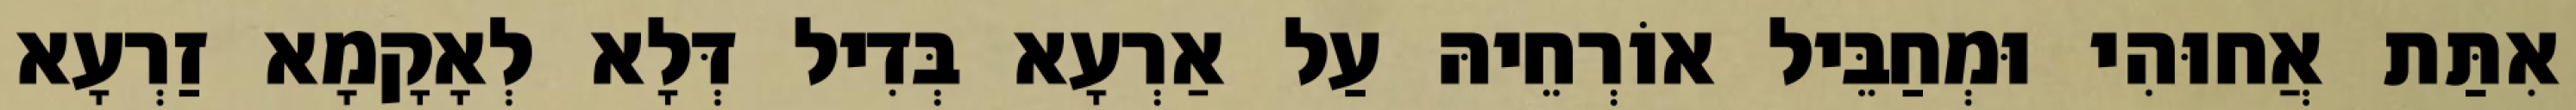
אִתַּת אֲחוּהִי וּמְחַבֵּיל אוֹרְחֵיהּ עַל אַרְעָא בְּדִיל דְּלָא לְאָקָמָא זַרְעָא